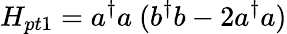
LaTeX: H_{pt1}=a^{\dagger}a\ (b^{\dagger}b-2a^{\dagger}a)